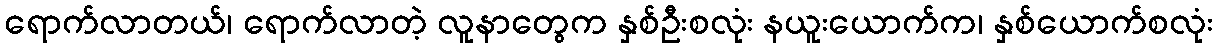
ရောက်လာတယ်၊ ရောက်လာတဲ့ လူနာတွေက နှစ်ဦးစလုံး နယူးယောက်က၊ နှစ်ယောက်စလုံး